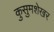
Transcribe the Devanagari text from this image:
कुसुमशेखर